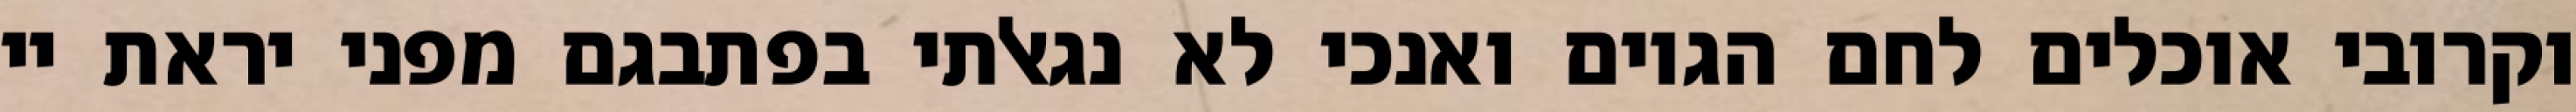
וקרובי אוכלים לחם הגוים ואנכי לא נגאלתי בפתבגם מפני יראת יי